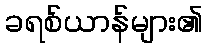
ခရစ်ယာန်များ၏